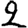
Digit: 2